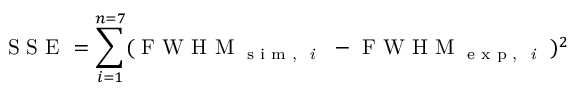
\displaystyle \textrm { S S E } = \sum _ { i = 1 } ^ { n = 7 } ( \textrm { F W H M } _ { \textrm { s i m , \textit { i } } } - \textrm { F W H M } _ { \textrm { e x p , \textit { i } } } ) ^ { 2 }